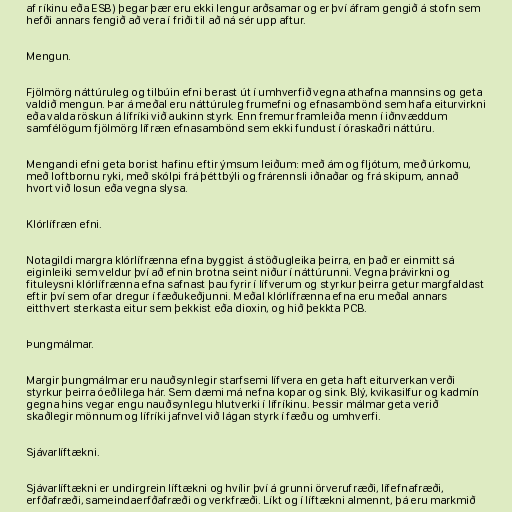
af ríkinu eða ESB) þegar þær eru ekki lengur arðsamar og er því áfram gengið á stofn sem
hefði annars fengið að vera í friði til að ná sér upp aftur.

Mengun.

Fjölmörg náttúruleg og tilbúin efni berast út í umhverfið vegna athafna mannsins og geta
valdið mengun. Þar á meðal eru náttúruleg frumefni og efnasambönd sem hafa eiturvirkni
eða valda röskun á lífríki við aukinn styrk. Enn fremur framleiða menn í iðnvæddum
samfélögum fjölmörg lífræn efnasambönd sem ekki fundust í óraskaðri náttúru.

Mengandi efni geta borist hafinu eftir ýmsum leiðum: með ám og fljótum, með úrkomu,
með loftbornu ryki, með skólpi frá þéttbýli og frárennsli iðnaðar og frá skipum, annað
hvort við losun eða vegna slysa.

Klórlífræn efni.

Notagildi margra klórlífrænna efna byggist á stöðugleika þeirra, en það er einmitt sá
eiginleiki sem veldur því að efnin brotna seint niður í náttúrunni. Vegna þrávirkni og
fituleysni klórlífrænna efna safnast þau fyrir í lífverum og styrkur þeirra getur margfaldast
eftir því sem ofar dregur í fæðukeðjunni. Meðal klórlífrænna efna eru meðal annars
eitthvert sterkasta eitur sem þekkist eða dioxin, og hið þekkta PCB.

Þungmálmar.

Margir þungmálmar eru nauðsynlegir starfsemi lífvera en geta haft eiturverkan verði
styrkur þeirra óeðlilega hár. Sem dæmi má nefna kopar og sink. Blý, kvikasilfur og kadmín
gegna hins vegar engu nauðsynlegu hlutverki í lífríkinu. Þessir málmar geta verið
skaðlegir mönnum og lífríki jafnvel við lágan styrk í fæðu og umhverfi.

Sjávarlíftækni.

Sjávarlíftækni er undirgrein líftækni og hvílir því á grunni örverufræði, lífefnafræði,
erfðafræði, sameindaerfðafræði og verkfræði. Líkt og í líftækni almennt, þá eru markmið